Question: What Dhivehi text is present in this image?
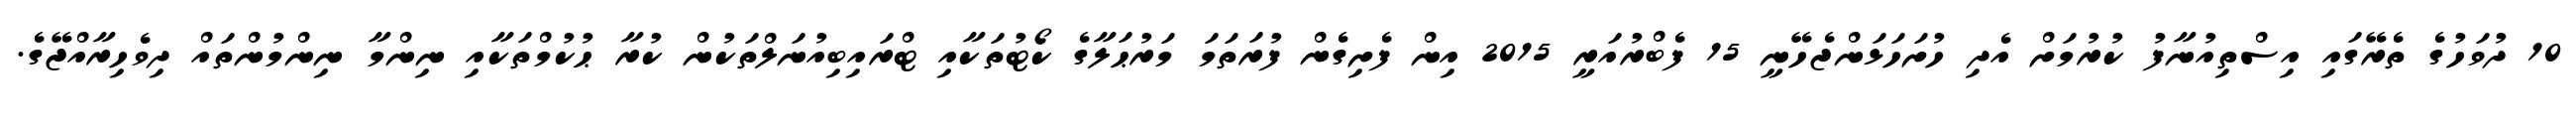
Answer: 10 ދުވަހުގެ ތެރޭގައި އިސްތިއުނާފު ކުރުމަށް އެދި ހުށަހަޅަންޖެހޭނީ 15 ފެބްރުއަރީ 2015 އިން ފެށިގެން ފުރަތަމަ މަރުޙަލާގެ ކޯޓުތަކާއި ޓްރައިބިއުނަލްތަކުން ކުރާ ޙުކުމްތަކާއި ނިންމާ ނިންމުންތައް ދިވެހިރާއްޖޭގެ.